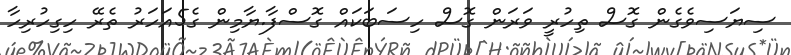
ސިޔަސިވެގެން ގޮސް ތިހުރީ ވަރަން ގޮސް ހިސަބަކައް ގޮސްފާ.ޔާމިން ގެ5އަހަރު ތެރޭ ހިގިހުރިހާ